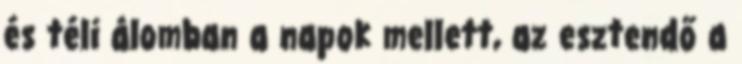
és téli álomban a napok mellett, az esztendő a